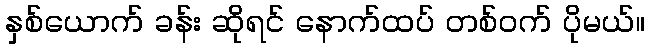
နှစ်ယောက် ခန်း ဆိုရင် နောက်ထပ် တစ်ဝက် ပိုမယ်။